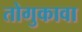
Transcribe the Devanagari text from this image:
तोगुकावा